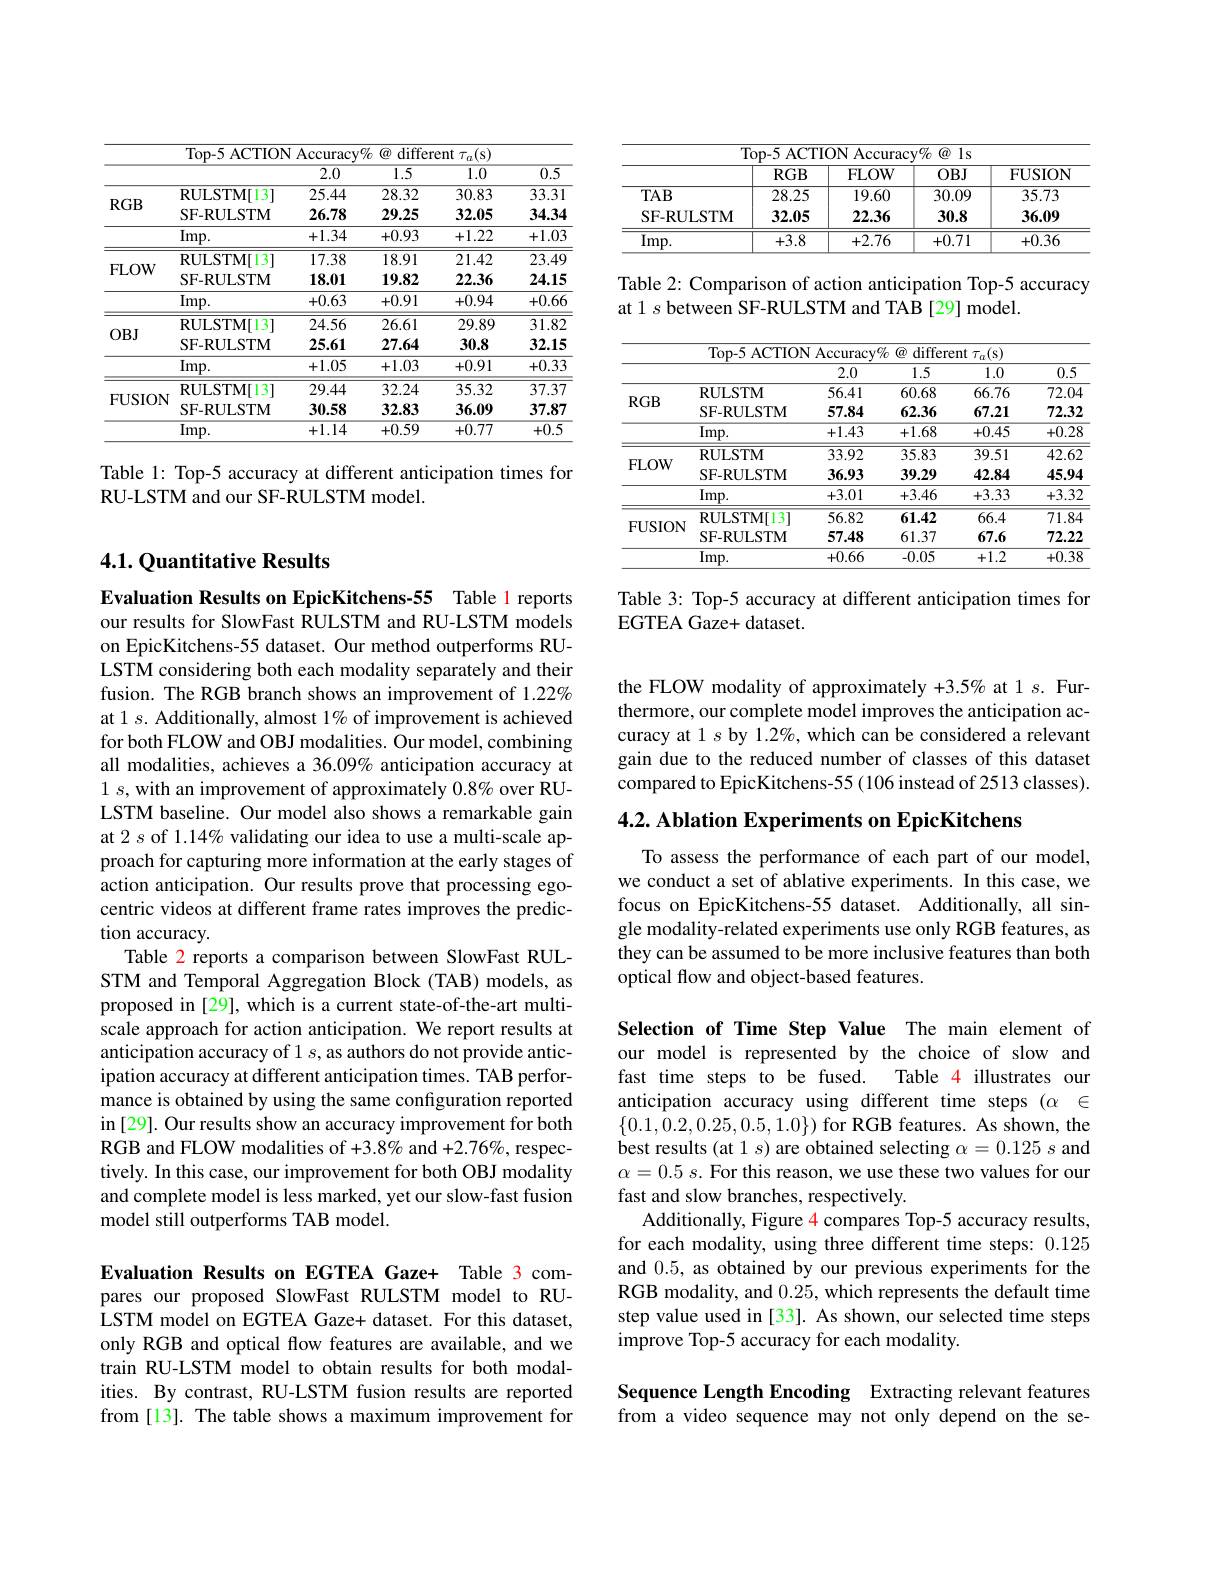
<table>
	<tbody>
		<tr>
			<th colspan="6">Ton-5 ACTION $VU_{f}$ 71 $(\widehat{a})$ 11 $\operatorname{different}\tau_{a}($s)</th>
		</tr>
		<tr>
			<th> </th>
			<th> </th>
			<th>$\overline{2.0}$</th>
			<th>$\overline{1.5}$</th>
			<th>$\overline{1.0}$</th>
			<th>$\overline{0.5}$</th>
		</tr>
		<tr>
			<td rowspan="3">$RGB$</td>
			<td>RULSTM| 13</td>
			<td>25.44</td>
			<td>28.32</td>
			<td>30.83</td>
			<td>33.31</td>
		</tr>
		<tr>
			<td>SF-RULSTM</td>
			<td>26.78</td>
			<td>29.25</td>
			<td>32.05</td>
			<td>34.34</td>
		</tr>
		<tr>
			<td>$\operatorname{Imp}.$</td>
			<td>+1.34</td>
			<td>+0.93</td>
			<td>+1.22</td>
			<td>+1.03</td>
		</tr>
		<tr>
			<td rowspan="2">FLOW</td>
			<td>RULSTM| 13</td>
			<td>17.38</td>
			<td>18.91</td>
			<td>21.42</td>
			<td>23.49</td>
		</tr>
		<tr>
			<td>SF-RULSTM</td>
			<td>18.01</td>
			<td>19.82</td>
			<td>22.36</td>
			<td>24.15</td>
		</tr>
		<tr>
			<td> </td>
			<td>Imp. </td>
			<td>+0.63</td>
			<td>+0.91</td>
			<td>+0.94</td>
			<td>+0.66</td>
		</tr>
		<tr>
			<td rowspan="1">$OBJ$</td>
			<td>RULSTM| 13</td>
			<td>24.56</td>
			<td>26.61</td>
			<td>29.89</td>
			<td>31.82</td>
		</tr>
		<tr>
			<td rowspan="2">$OBJ$</td>
			<td>SF-RULSTM</td>
			<td>25.61</td>
			<td>27.64</td>
			<td>30.8</td>
			<td>32.15</td>
		</tr>
		<tr>
			<td>Imp. </td>
			<td>+1.05</td>
			<td>+1.03</td>
			<td>+0.91</td>
			<td>+0.33</td>
		</tr>
		<tr>
			<td>T</td>
			<td>RULSTM[ 13] </td>
			<td>29.44</td>
			<td>32.24</td>
			<td>35.32</td>
			<td>37.37</td>
		</tr>
		<tr>
			<td rowspan="2">FUSION</td>
			<td>SF-RULSTM</td>
			<td>30.58</td>
			<td>32.83</td>
			<td>36.09</td>
			<td>37.87</td>
		</tr>
		<tr>
			<td>Imp. </td>
			<td>+1.14</td>
			<td>+0.59</td>
			<td>+0.77</td>
			<td>+0.5</td>
		</tr>
	</tbody>
</table>

Table 1: Top-5 accuracy at different anticipation times for
RU-LSTM and our SF-RULSTM model.

## 4.1. Quantitative Results

Evaluation Results on EpicKitchens-55 Table 1 reports our results for SlowFast RULSTM and RU-LSTM models on EpicKitchens-55 dataset. Our method outperforms RULSTM considering both each modality separately and their fusion. The RGB branch shows an improvement of 1.22% at 1 $s.$ Additionally, almost 1% of improvement is achieved for both FLOW and OBJ modalities. Our model, combining all modalities, achieves a 36.09% anticipation accuracy at $1s$,with an improvement of approximately $0.8\%$ over RULSTM baseline. Our model also shows a remarkable gain at 2 s of 1.14% validating our idea to use a multi-scale approach for capturing more information at the early stages of action anticipation. Our results prove that processing egocentric videos at different frame rates improves the prediction accuracy.
Table 2 reports a comparison between SlowFast RULSTM and Temporal Aggregation Block (TAB) models, as proposed in [29], which is a current state-of-the-art multiscale approach for action anticipation. We report results at anticipation accuracy of 1 $s$,as authors do not provide anticipation accuracy at different anticipation times. TAB performance is obtained by using the same configuration reported in [29]. Our results show an accuracy improvement for both RGB and FLOW modalities of +3.8% and +2.76%, respectively. In this case, our improvement for both OBJ modality and complete model is less marked, yet our slow-fast fusion model still outperforms TAB model.

Evaluation Results on EGTEA Gaze+ Table 3 compares our proposed SlowFast RULSTM model to RULSTM model on EGTEA Gaze+ dataset. For this dataset, only RGB and optical flow features are available, and we train RU-LSTM model to obtain results for both modalities. By contrast, RU-LSTM fusion results are reported from [13]. The table shows a maximum improvement for

<table>
	<tbody>
		<tr>
			<th colspan="5">Ton-5 ACTION A Accuracv$\%$@ 1s</th>
		</tr>
		<tr>
			<th> </th>
			<th>$RGB$</th>
			<th>FLOW</th>
			<th>$OBJ$</th>
			<th>FUSION</th>
		</tr>
		<tr>
			<td>$TAB$</td>
			<td>28.25</td>
			<td>19.60</td>
			<td>30.09</td>
			<td>35.73</td>
		</tr>
		<tr>
			<td>SF-RULSTM</td>
			<td>32.05</td>
			<td>22.36</td>
			<td>30.8</td>
			<td>36.09</td>
		</tr>
		<tr>
			<td>$\overline{\mathrm{Imp}}.$</td>
			<td>+3.8</td>
			<td>+2.76</td>
			<td>+0.71</td>
			<td>+0.36</td>
		</tr>
	</tbody>
</table>

Table 2: Comparison of action anticipation Top-5 accuracy
at 1 s between SF-RULSTM and TAB [29] model.

<table>
	<tbody>
		<tr>
			<th colspan="6">Ton- 5 ACTION $Wr$ 7. 10. $\operatorname{different}\tau_{a}($s)</th>
		</tr>
		<tr>
			<th> </th>
			<th> </th>
			<th>2.0</th>
			<th>1.5</th>
			<th>1.0</th>
			<th>0.5</th>
		</tr>
		<tr>
			<td rowspan="3">$RGB$</td>
			<td>RULSTM</td>
			<td>56.41</td>
			<td>60.68</td>
			<td>66.76</td>
			<td>72.04</td>
		</tr>
		<tr>
			<td>SF- RULSTM</td>
			<td>57.84</td>
			<td>62.36</td>
			<td>67.21</td>
			<td>72.32</td>
		</tr>
		<tr>
			<td>$\operatorname{Imp}.$</td>
			<td>+1.43</td>
			<td>+1.68</td>
			<td>+0.45</td>
			<td>+0.28</td>
		</tr>
		<tr>
			<td rowspan="2">FLOW</td>
			<td>RULSTM</td>
			<td>33.92</td>
			<td>35.83</td>
			<td>39.51</td>
			<td>42.62</td>
		</tr>
		<tr>
			<td>SF-RULSTM</td>
			<td>36.93</td>
			<td>39.29</td>
			<td>42.84</td>
			<td>45.94</td>
		</tr>
		<tr>
			<td rowspan="1">FLOW</td>
			<td>Imp. </td>
			<td>+3.01</td>
			<td>+3.46</td>
			<td>+3.33</td>
			<td>+3.32</td>
		</tr>
		<tr>
			<td rowspan="3">FUSION</td>
			<td>RULSTM[ 13] 1</td>
			<td>56.82</td>
			<td>61.42</td>
			<td>66.4</td>
			<td>$\overline{71.84}$</td>
		</tr>
		<tr>
			<td>SF- RULSTM</td>
			<td>57.48</td>
			<td>61.37</td>
			<td>67.6</td>
			<td>72.22</td>
		</tr>
		<tr>
			<td>Imp.</td>
			<td>+0.66</td>
			<td>-0.05</td>
			<td>+1.2</td>
			<td>+0.38</td>
		</tr>
	</tbody>
</table>

Table 3: Top-5 accuracy at different anticipation times for
EGTEA Gaze+ dataset.

the FLOW modality of approximately +3.5% at 1 s. Furthermore, our complete model improves the anticipation accuracy at 1 s by 1.2%, which can be considered a relevant gain due to the reduced number of classes of this dataset compared to EpicKitchens-55(106 instead of 2513 classes).

$4. 2. \textbf{ Ablation Experiments on EpicKitchens}$

To assess the performance of each part of our model, we conduct a set of ablative experiments. In this case, we focus on EpicKitchens-55 dataset. Additionally, all single modality-related experiments use only RGB features, as they can be assumed to be more inclusive features than both optical flow and object-based features.

Selection of Time Step Value The main element of our model is represented by the choice of slow and
Table 4 illustrates our
fast time steps to be fused.
anticipation accuracy using different time steps $( \alpha$ $\in$ $\{0.1,0.2,0.25,0.5,1.0\})$ for RGB features. As shown, the best results (at 1 $s)$ are obtained selecting $\alpha=0.125$ $s$ and $\alpha = 0. 5$ $s.$ For this reason, we use these two values for our fast and slow branches, respectively.
Additionally, Figure 4 compares Top-5 accuracy results, for each modality, using three different time steps: 0.125 and 0.5, as obtained by our previous experiments for the RGB modality, and 0.25, which represents the default time step value used in [33]. As shown, our selected time steps improve Top-5 accuracy for each modality.

Sequence Length Encoding Extracting relevant features from a video sequence may not only depend on the se-